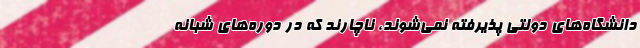
دانشگاه‌های دولتی پذیرفته نمی‌شوند، ناچارند که در دوره‌های شبانه